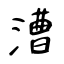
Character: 漕